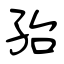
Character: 孡